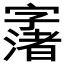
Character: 𱚂